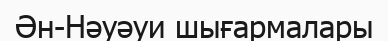
Ән-Нәуәуи шығармалары